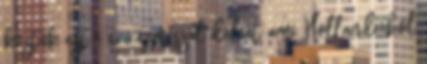
köztük azt a 670 ezer szál dáliát, ami Hollandiából